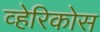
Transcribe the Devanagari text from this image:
व्हेरिकोस